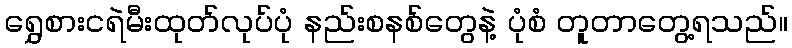
ရွှေစားငရဲမီးထုတ်လုပ်ပုံ နည်းစနစ်တွေနဲ့ ပုံစံ တူတာတွေ့ရသည်။